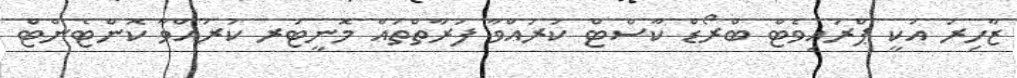
ޒާހިރު އަކީ ޕްރައިވެޓް ބްރޯޑް ކާސްޓް ކުރައްވާ ފަރާތްތައް މޮނީޓަރ ކުރައްވާ ކޮންޓެންޓް